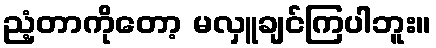
ညံ့တာကိုတော့ မလှူချင်ကြပါဘူး။